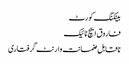
بینکنگ کورٹ
فاروق ایچ نائیک
ناقابل ضمانت وارنٹ گرفتاری